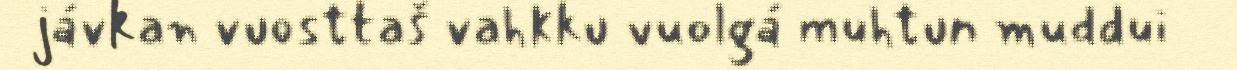
jávkan vuosttaš vahkku vuolgá muhtun muddui